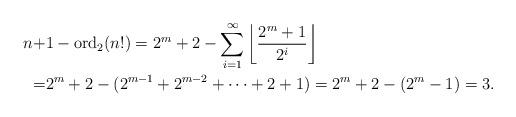
LaTeX: \begin{align*}n+&1-\operatorname{ord}_2(n!)=2^m+2-\sum_{i=1}^{\infty}\left\lfloor\frac{2^m+1}{2^i}\right\rfloor\\=&2^m+2-(2^{m-1}+2^{m-2}+\cdots+2+1)=2^m+2-(2^m-1)=3.\end{align*}